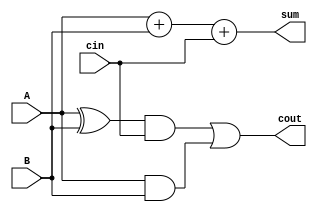
module full_adder(output sum, output cout, input A, input B, input cin);
always @(A or B or  cin)
begin
    sum = A+B+cin;
    cout = ((A^B) & cin) | (A & B);
end
endmodule